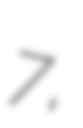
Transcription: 7,